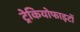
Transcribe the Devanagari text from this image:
ट्रेकियोफाइटों